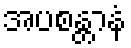
အပစန္တာနံ